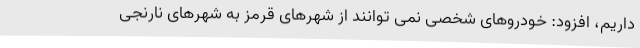
داریم، افزود: خودروهای شخصی نمی توانند از شهرهای قرمز به شهرهای نارنجی